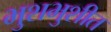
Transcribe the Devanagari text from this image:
भुशभुशीत